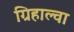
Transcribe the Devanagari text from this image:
ग्रिहाल्वा